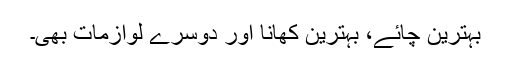
بہترین چائے، بہترین کھانا اور دوسرے لوازمات بھی۔